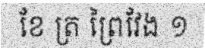
ខែ ត្រ ព្រៃវែង ១